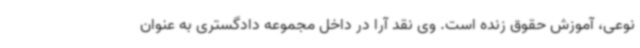
نوعی، آموزش حقوق زنده است. وی نقد آرا در داخل مجموعه دادگستری به عنوان